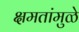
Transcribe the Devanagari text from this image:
क्षमतांमुळे